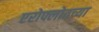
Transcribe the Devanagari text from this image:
एरोफ्लोतच्या